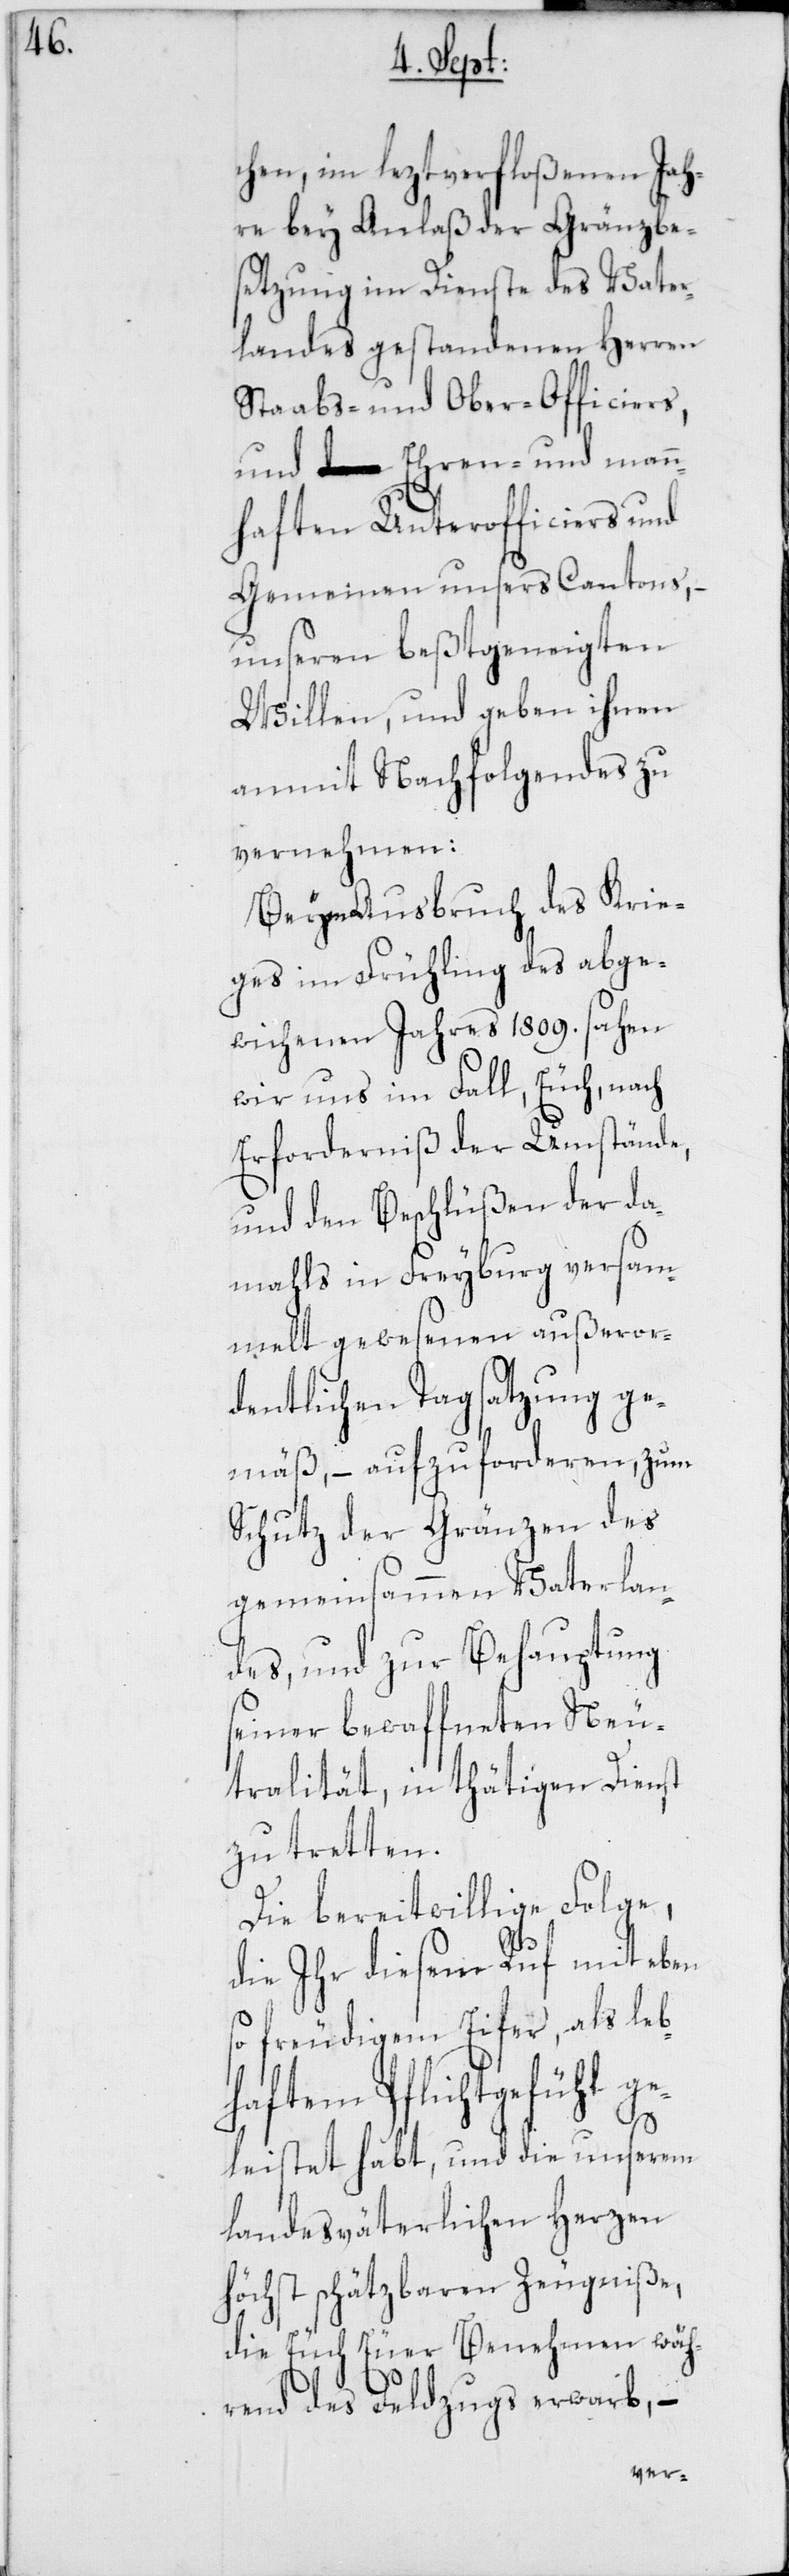
chen, im leztverfloßenen Jah¬
re bey Anlaß der Gränzbe¬
setzung im Dienste des Vater¬
landes gestandenen Herren
Stabs- und Ober-Officiers,
und Ehren- und man¬
nhaften Unterofficiers und
Gemeinen unsers Cantons, –
unseren beßtgeneigten
Willen, und geben ihnen
anmit Nachfolgendes zu
vernehmen:
Beym Ausbruch des Krie¬
ges im Frühling des abge¬
wichenen Jahres 1809. sahen
wir uns im Fall, Euch, nach
Erforderniß der Umstände,
und den Beschlüßen der da¬
mahls in Freyburg versam¬
melt gewesenen außeror¬
dentlichen Tagsatzung ge¬
mäß, – aufzuforderen, zum
Schutz der Gränzen des
gemeinsammen Vaterlan¬
des, und zur Behauptung
seiner bewaffneten Neu¬
tralität, in thätigen Dienst
zu tretten.
Die bereitwillige Folge,
die Ihr diesem Ruf mit eben
so freudigem Eifer, als leb¬
haftem Pflichtgefühl ge¬
leistet habt, und die unserem
landesväterlichen Herzen
höchst schätzbaren Zeugniße,
die Euch Euer Benehmen wäh¬
rend des Feldzugs erwarb, –